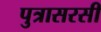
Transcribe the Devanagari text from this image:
पुत्रासरसी